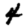
Digit: 4